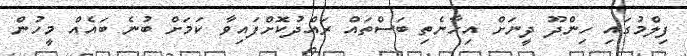
ފިލްމުގައި ހިންދޫ ދީނަށް އިހާނެތި ބަސްތައް ރައްދުކޮށްފައިވާ ކަމަށް ބުނެ ބައެއް މީހުން